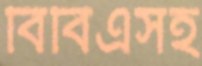
বিবিএসহ